Report of the Municipal Commissioner on the plague in Bombay for the year ending 31st May... - Volume 1
Disease focus: Plague
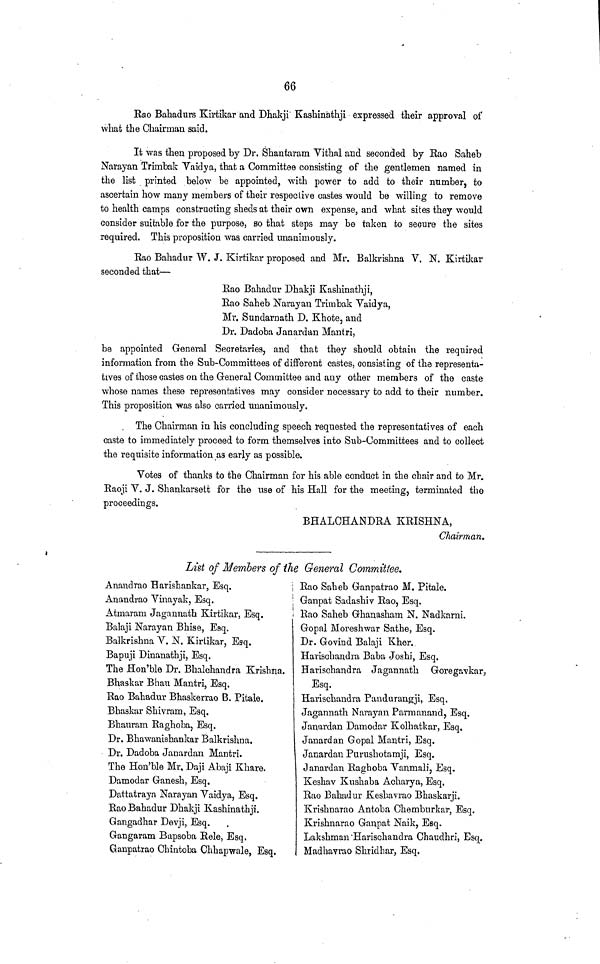
66
Rao Bahadurs Kirtikar and Dhakji Kashinathji expressed their approval of
what the Chairman said.
It was then proposed by Dr. Shantaram Vithal and seconded by Rao Saheb
Narayan Trimbak Vaidya, that a Committee consisting of the gentlemen named in
the list printed below be appointed, with power to add to their number, to
ascertain how many members of their respective castes would be willing to remove
to health camps constructing sheds at their own expense, and what sites they would
consider suitable for the purpose, so that steps may be taken to secure the sites
required. This proposition was carried unanimously.
Rao Bahadur W. J. Kirtikar proposed and Mr. Balkrishna V. N. Kirtikar
seconded that—
Rao Bahadur Dhakji Kashinathji,
Rao Saheb Narayan Trimbak Vaidya,
Mr. Sundarnath D. Khote, and
Dr. Dadoba Janardan Mantri,
be appointed General Secretaries, and that they should obtain the required
information from the Sub-Committees of different castes, consisting of the representa-
tives of those castes on the General Committee and any other members of the caste
whose names these representatives may consider necessary to add to their number.
This proposition was also carried unanimously.
The Chairman in his concluding speech requested the representatives of each
caste to immediately proceed to form themselves into Sub-Committees and to collect
the requisite information as early as possible.
Votes of thanks to the Chairman for his able conduct in the chair and to Mr.
Raoji V. J. Shankarsett for the use of his Hall for the meeting, terminated the
proceedings.
BHALCHANDEA KEISHNA,
Chairman,
List of Members of the. General Committee.
Anandrao Harishankar, Esq.
Anandrao Vinayak, Esq.
Atmaram Jagannath Kirtikar, Esq.
Balaji Narayan Bhise, Esq.
Balkrishna V. N. Kirtikar, Esq.
Bapuji Dinanathji, Esq.
The Hon'ble Dr. Bhalchandra Krishna.
Bhaskar Bhau Mantri, Esq.
Eao Bahadur Bhaskerrao B. Pitale,
Bhaskar Shivram, Esq.
Bhauram Raghoba, Esq.
Dr. Bhawanishankar Balkrishna.
Dr. Dadoba Janardan Mantri.
The Hon'ble Mr, Daji Abaji Khare.
Damodar Ganesh, Esq.
Dattatraya Narayan Vaidya, Esq.
Rao Bahadur Dhakji Kashinathji.
Gangadhar Devji, Esq.
Gangaram Bapsoba Rele, Esq.
Ganpatrao Chintoba Chhapwale, Esq.
Rao Saheb Ganpatrao M. Pitale.
Ganpat Sadashiv Eao, Esq.
Rao Saheb Ghanasham N. Nadkarni.
Gopal Moreshwar Sathe, Esq.
Dr. Govind Balaji Kher.
Harischandra Baba Joshi, Esq.
Harischandra Jagannath Goregavkar,
Esq.
Harischandva Pandurangji, Esq.
Jagannath Narayan Parmanand, Esq.
Janardan Damodar Kolhatkar, Esq.
Janardan Gopal Mantri, Esq.
Janardan Purushotamji, Esq.
Janardan Raghoba Vanmali, Esq.
Keshav Kushaba Acharya, Esq.
Rao Bahadur Kesbavrao Bhaskarji.
Krishnarao Antoba Chemburkar, Esq.
Krishnarao Ganpat Naik, Esq.
Lakshman Harischandra Chaudhri, Esq.
Madhavrao Shridhar, Esq.